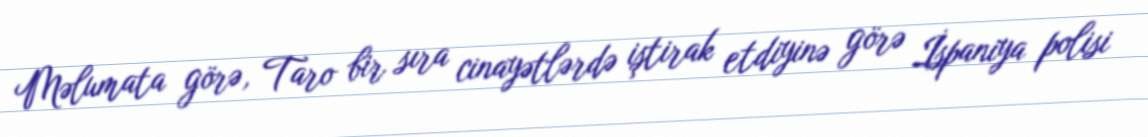
Məlumata görə, Taro bir sıra cinayətlərdə iştirak etdiyinə görə İspaniya polisi